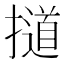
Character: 𰔱